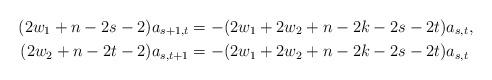
LaTeX: \begin{align*} (2w_1 + n - 2s - 2)a_{s+1,t} & = -(2w_1 + 2w_2 + n - 2k - 2s - 2t)a_{s,t} , \\ (2w_2 + n - 2t - 2)a_{s,t+1} & = -(2w_1 + 2w_2 + n - 2k - 2s - 2t)a_{s,t} \end{align*}